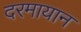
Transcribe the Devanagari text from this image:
दरमायान